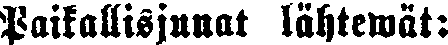
Paikallisjunat lähtewät: